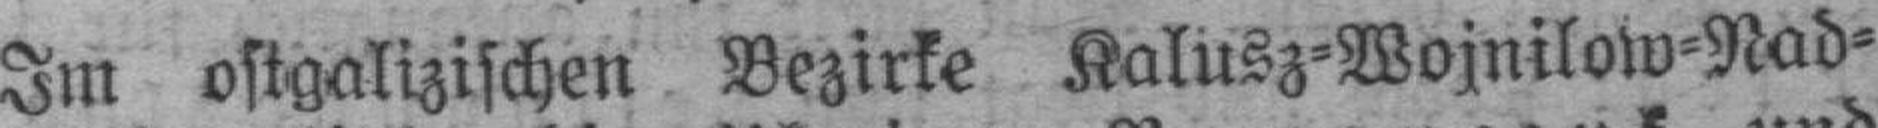
Im ostgalizischen Bezirke Kalusz=Wojnilow=Nad¬